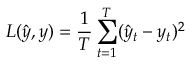
L ( \hat { y } , y ) = \frac { 1 } { T } \sum _ { t = 1 } ^ { T } ( \hat { y } _ { t } - y _ { t } ) ^ { 2 }